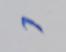
Signature authenticity: forged